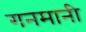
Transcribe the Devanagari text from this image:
गनमानी